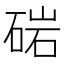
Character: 𮵓